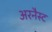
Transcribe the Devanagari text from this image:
अरनैस्ट